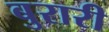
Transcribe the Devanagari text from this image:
बुरारी